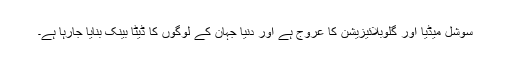
سوشل میڈیا اور گلوبلائیزیشن کا عروج ہے اور دنیا جہان کے لوگوں کا ڈیٹا بینک بنایا جارہا ہے۔